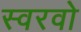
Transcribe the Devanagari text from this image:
स्वरवो